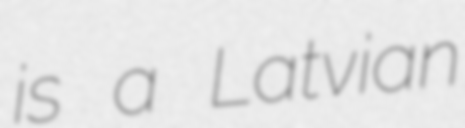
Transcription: is a Latvian